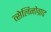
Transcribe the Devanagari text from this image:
त्सेलिनोग्राद